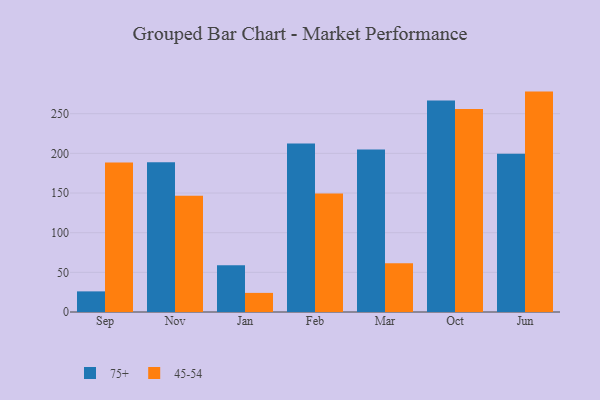
{"axis": {"x": "Month", "y": "Customer Acquisition Cost (USD)"}, "legend": ["45-54", "75+"], "data": [{"x": "Sep", "y": 26.0, "type": "75+"}, {"x": "Sep", "y": 188.6, "type": "45-54"}, {"x": "Nov", "y": 188.7, "type": "75+"}, {"x": "Nov", "y": 146.5, "type": "45-54"}, {"x": "Jan", "y": 59.1, "type": "75+"}, {"x": "Jan", "y": 24.1, "type": "45-54"}, {"x": "Feb", "y": 212.6, "type": "75+"}, {"x": "Feb", "y": 149.5, "type": "45-54"}, {"x": "Mar", "y": 205.0, "type": "75+"}, {"x": "Mar", "y": 61.5, "type": "45-54"}, {"x": "Oct", "y": 266.8, "type": "75+"}, {"x": "Oct", "y": 256.1, "type": "45-54"}, {"x": "Jun", "y": 199.6, "type": "75+"}, {"x": "Jun", "y": 277.9, "type": "45-54"}]}